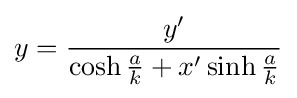
y={\frac {y'}{\cosh {\frac {a}{k}}+x'\sinh {\frac {a}{k}}}}